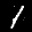
Label: 1